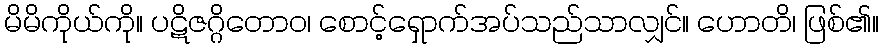
မိမိကိုယ်ကို။ ပဋိဇဂ္ဂိတောဝ၊ စောင့်ရှောက်အပ်သည်သာလျှင်။ ဟောတိ၊ ဖြစ်၏။